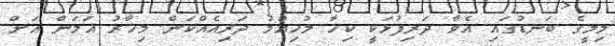
މިމީގެ ބަނޑުގައި އެވާ ދަރިފުޅަކީ ކިހާ މުހިއްމު ދަރިއެއްކަން މިހާރު އަމަން އަށް